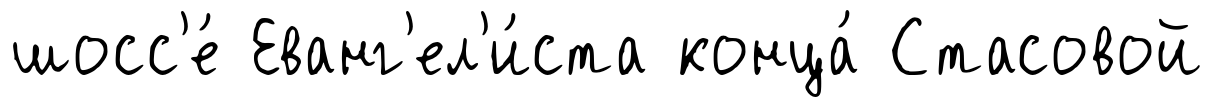
шосс'е́ Еванг'ел'и́ста конца́ Стасовой